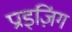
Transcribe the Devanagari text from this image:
प्राइज़िंग